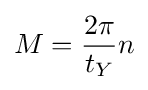
M={\frac {2\pi }{t_{Y}}}n